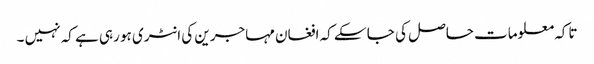
تاکہ معلومات حاصل کی جا سکے کہ افغان مہاجرین کی انٹری ہو رہی ہے کہ نہیں ۔